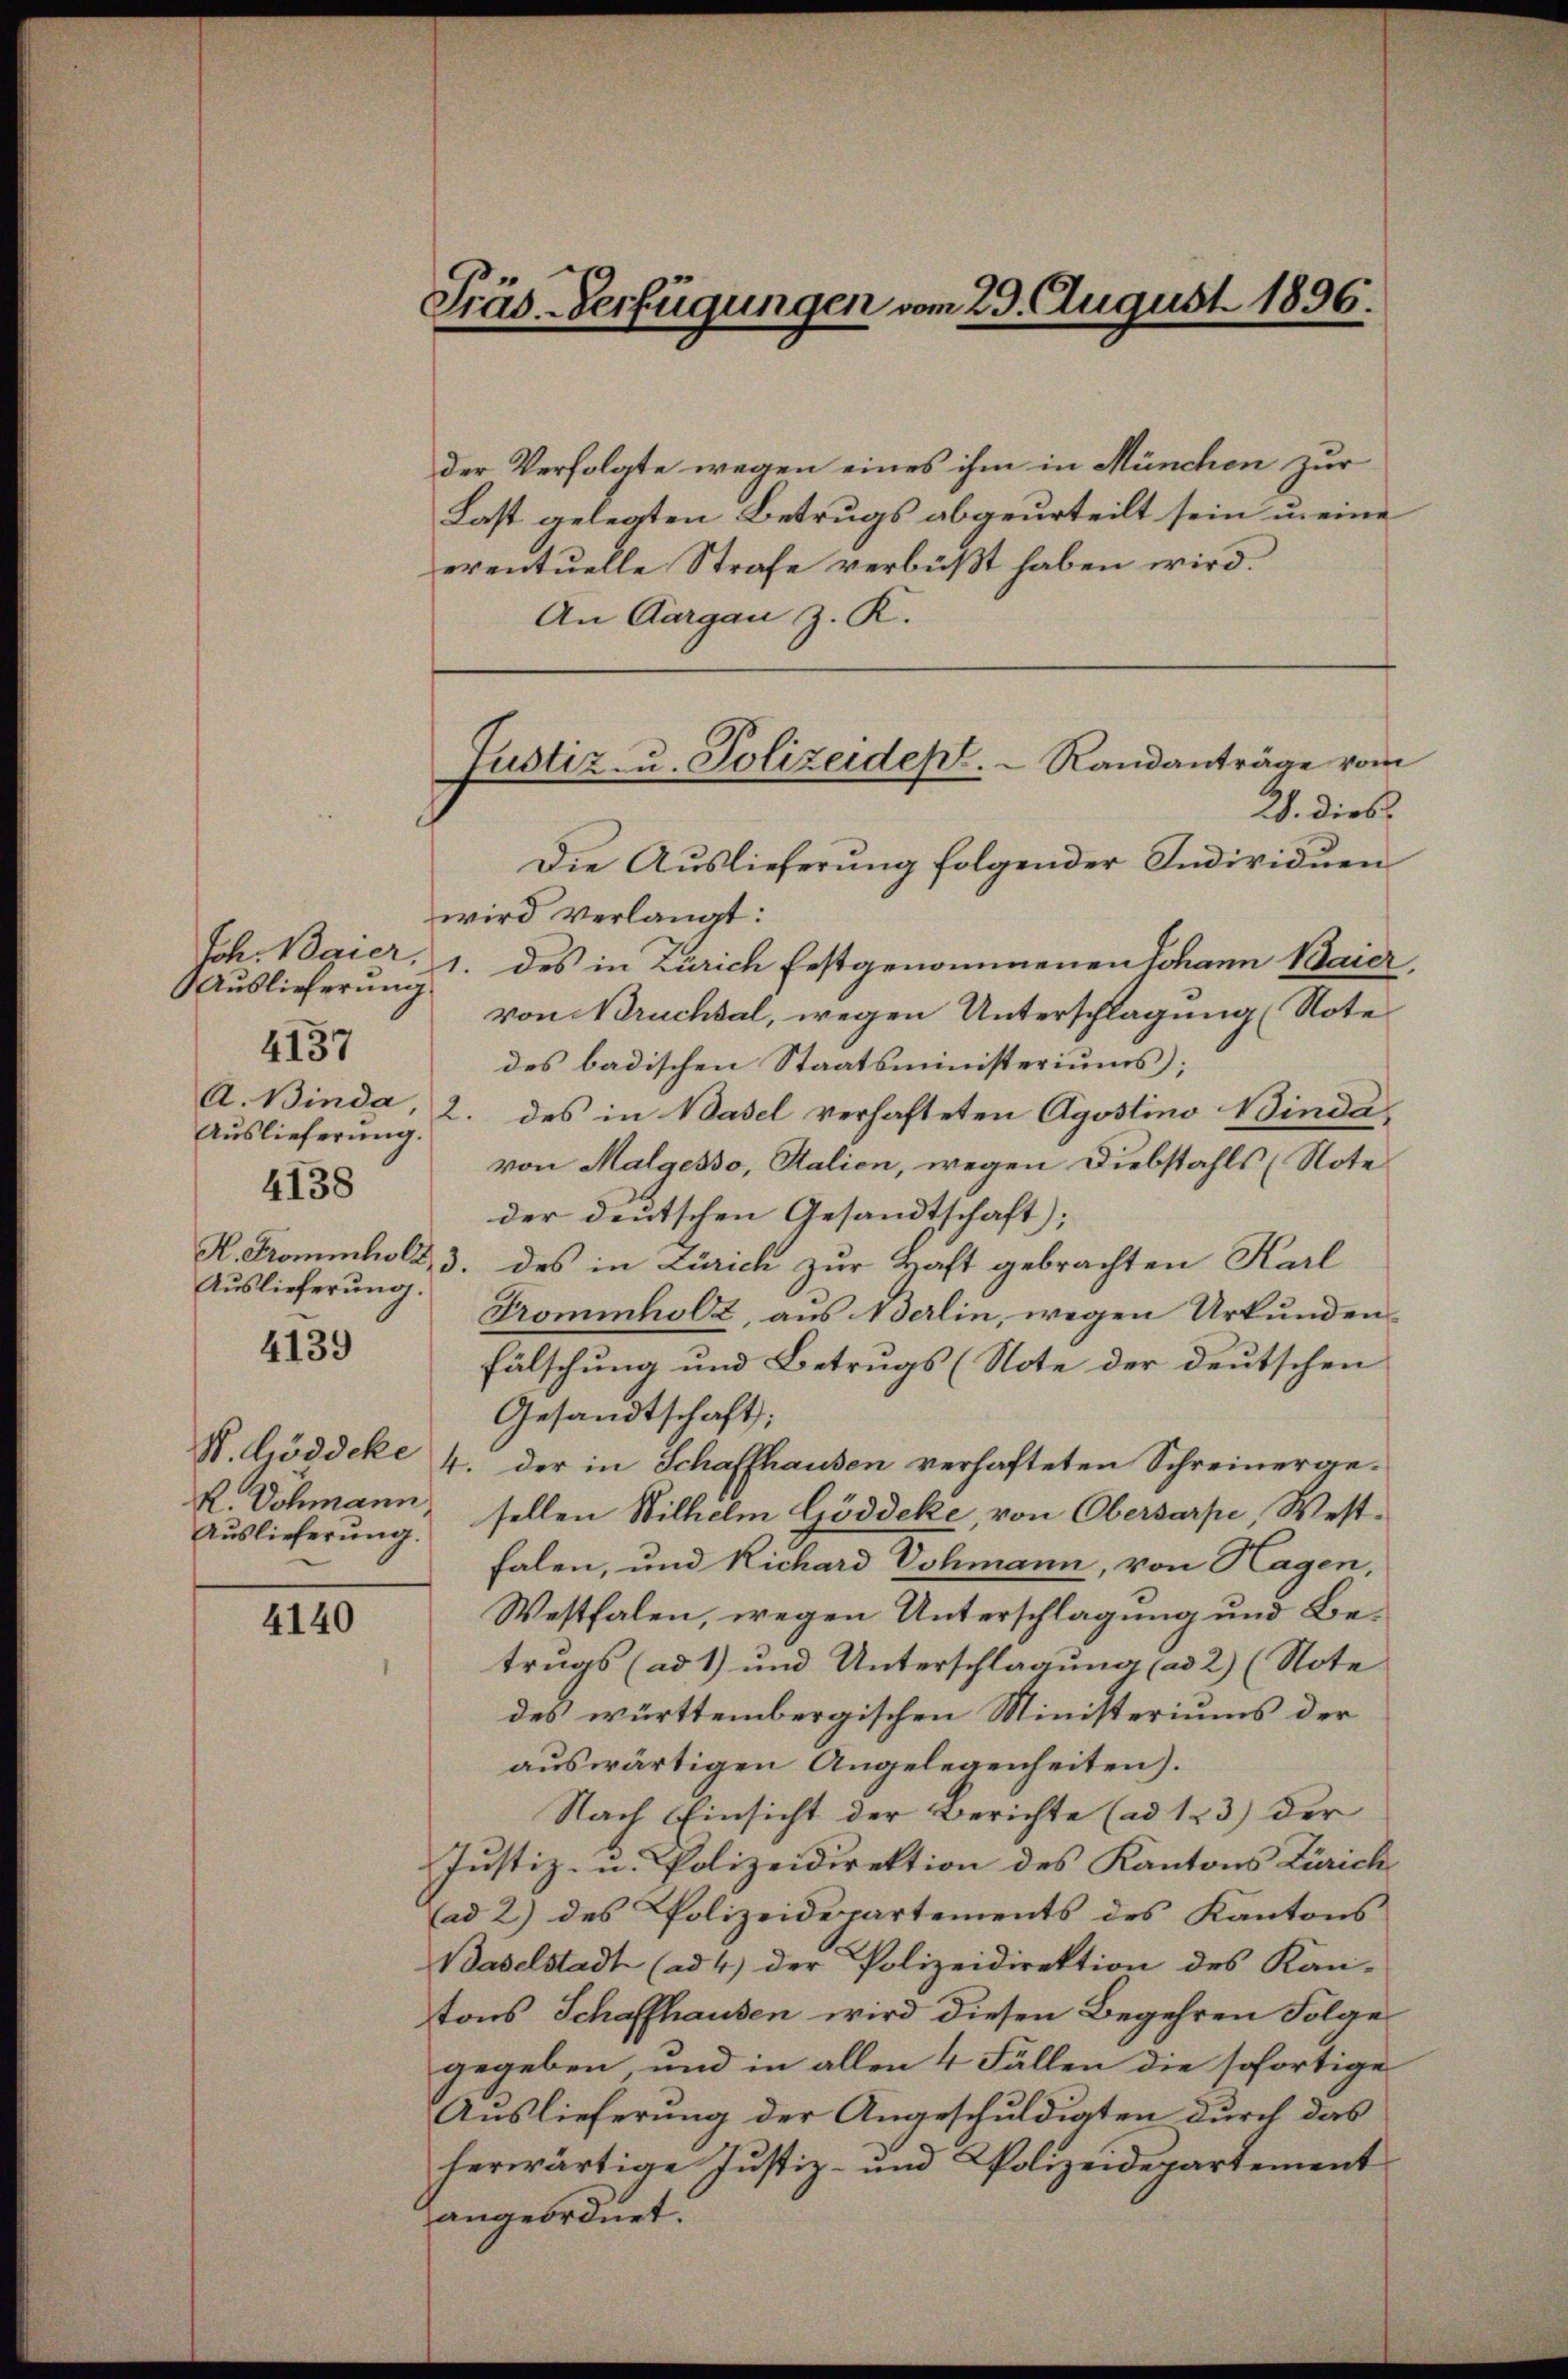
Auslieferung
A. Binda,
Auslieferung.
4138
Auslieferung.
4139

4137

Auslieferung.

4140

Präs. Verfügungen vom 29. August 1896.

der Verfolgte wegen eines ihm in München zur
Last gelegten Betrugs abgeurteilt sein u. eine
eventuelle Strafe verbüßt haben wird.
An Aargau z. R.

Die Auslieferung folgender Individuen
wird verlangt:
Sch. Baier, 1. des in Zürich festgenommenen Johann Baier,
von Bruchsal, wegen Unterschlagung Note
des badischen Staatsministeriums;
2. des in Basel verhafteten Agostino Binda
von Malgesso, Salien, wegen Diebstahls (Note
der deutschen Gesandtschaft;
K. Frommhold, 3. des in Zürich zur Haft gebrachten Karl
Trominholz, aus derlin, wegen Urkunden
fälschung und Betrugs (Note der deutschen
Gesandtschaft;
K. Liddeke 4. der in Schaffhausen verhafteten Schreinerge¬
R. Dohmann, sollen Wilhelm Göddeke, von Obersarpe, Westfalen, und Richard Vohmann, von Hagen,
Westfalen, wegen Unterschlagung und Betrugs (ad 1) und Unterschlagung (ad 2) (Note
des württembergischen Ministeriums der
auswärtigen Angelegenheiten).
Nach Einsicht der Berichte (ad 123) der
Justiz- u. Polizeidirektion des Kantons Zürich
(ad 2) des Polizeidepartements des Kantons
Baselstadt (ad 4) der Polizeidirektion des Kan-
tons Schaffhausen wird diesen Begehren Folge
gegeben, und in allen 4 Fällen die sofortige
Auslieferung der Angeschuldigten durch das
herwärtige Justiz- und Polizeidepartement
angeordnet.

Justiz- u. Polizeidept.   Randanträge vom
29. Dies